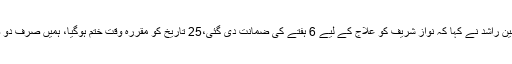
لاہور میں پریس کانفرنس کے دوران وزیر صحت پنجاب یاسمین راشد نے کہا کہ نواز شریف کو علاج کے لیے 6 ہفتے کی ضمانت دی گئی،25 تاریخ کو مقررہ وقت ختم ہوگیا، ہمیں صرف دو صفحات پر مشتمل نواز شریف کی میڈیکل رپورٹ بھیجی گئی۔